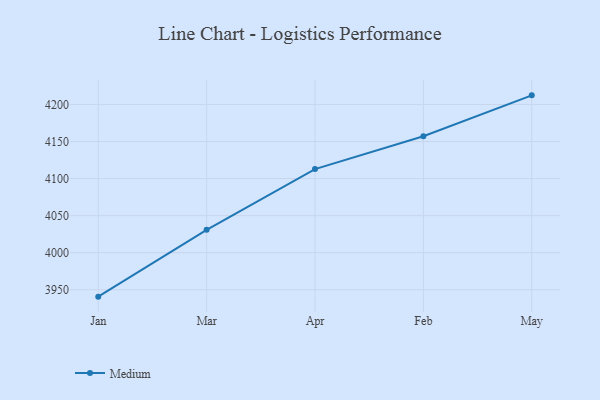
{"axis": {"x": "Month", "y": "Satisfaction Score"}, "legend": ["Medium"], "data": [{"x": "Jan", "y": 3940.7, "type": "Medium"}, {"x": "Mar", "y": 4030.8, "type": "Medium"}, {"x": "Apr", "y": 4112.8, "type": "Medium"}, {"x": "Feb", "y": 4157.1, "type": "Medium"}, {"x": "May", "y": 4212.3, "type": "Medium"}]}